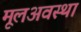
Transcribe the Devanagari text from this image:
मूलअवस्था